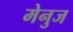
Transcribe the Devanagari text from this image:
मेनुज